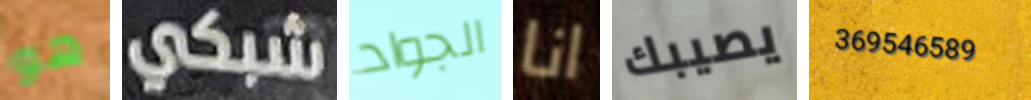
هو شبكي الجواد انا يصيبك 369546589